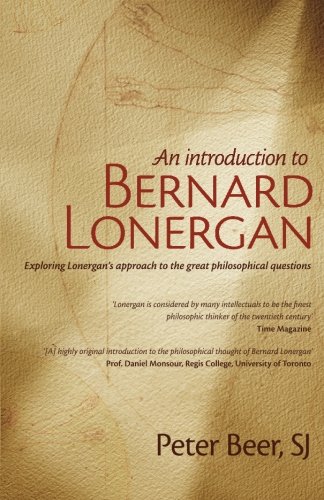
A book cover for An Introduction to Bernard Lonergan: Exploring Lonergan's approach to the great philosophical questions; Peter Beer; Christian Books & Bibles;